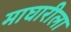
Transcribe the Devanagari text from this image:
माघारीला